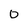
Character: 0